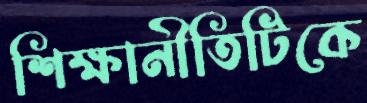
শিক্ষানীতিটিকে